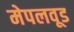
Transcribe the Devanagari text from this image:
मेपलवूड